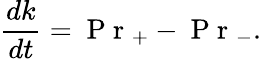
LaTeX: \frac{dk}{dt}=\mathrm{~P~r~}_{+}-\mathrm{~P~r~}_{-}.